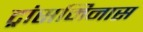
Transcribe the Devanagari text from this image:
ट्रांसमिनास